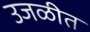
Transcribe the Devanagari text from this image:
उजळीत